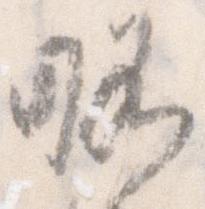
略